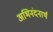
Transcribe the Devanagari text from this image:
अभिनंदनार्थ